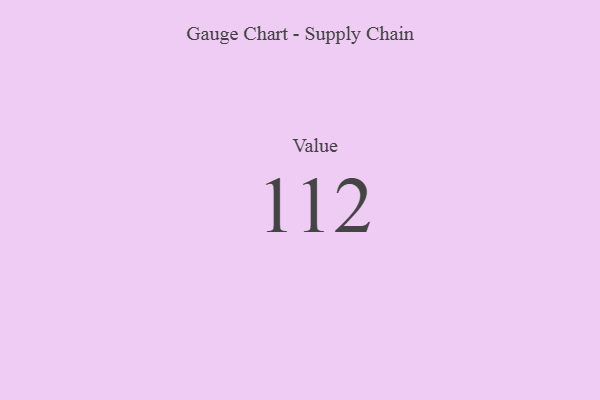
{"axis": {"x": "Metric", "y": "Value"}, "legend": [""], "data": [{"x": "Value", "y": 112, "type": ""}]}